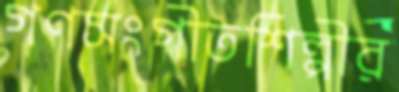
গণসংগীতশিল্পীর